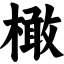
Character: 橄